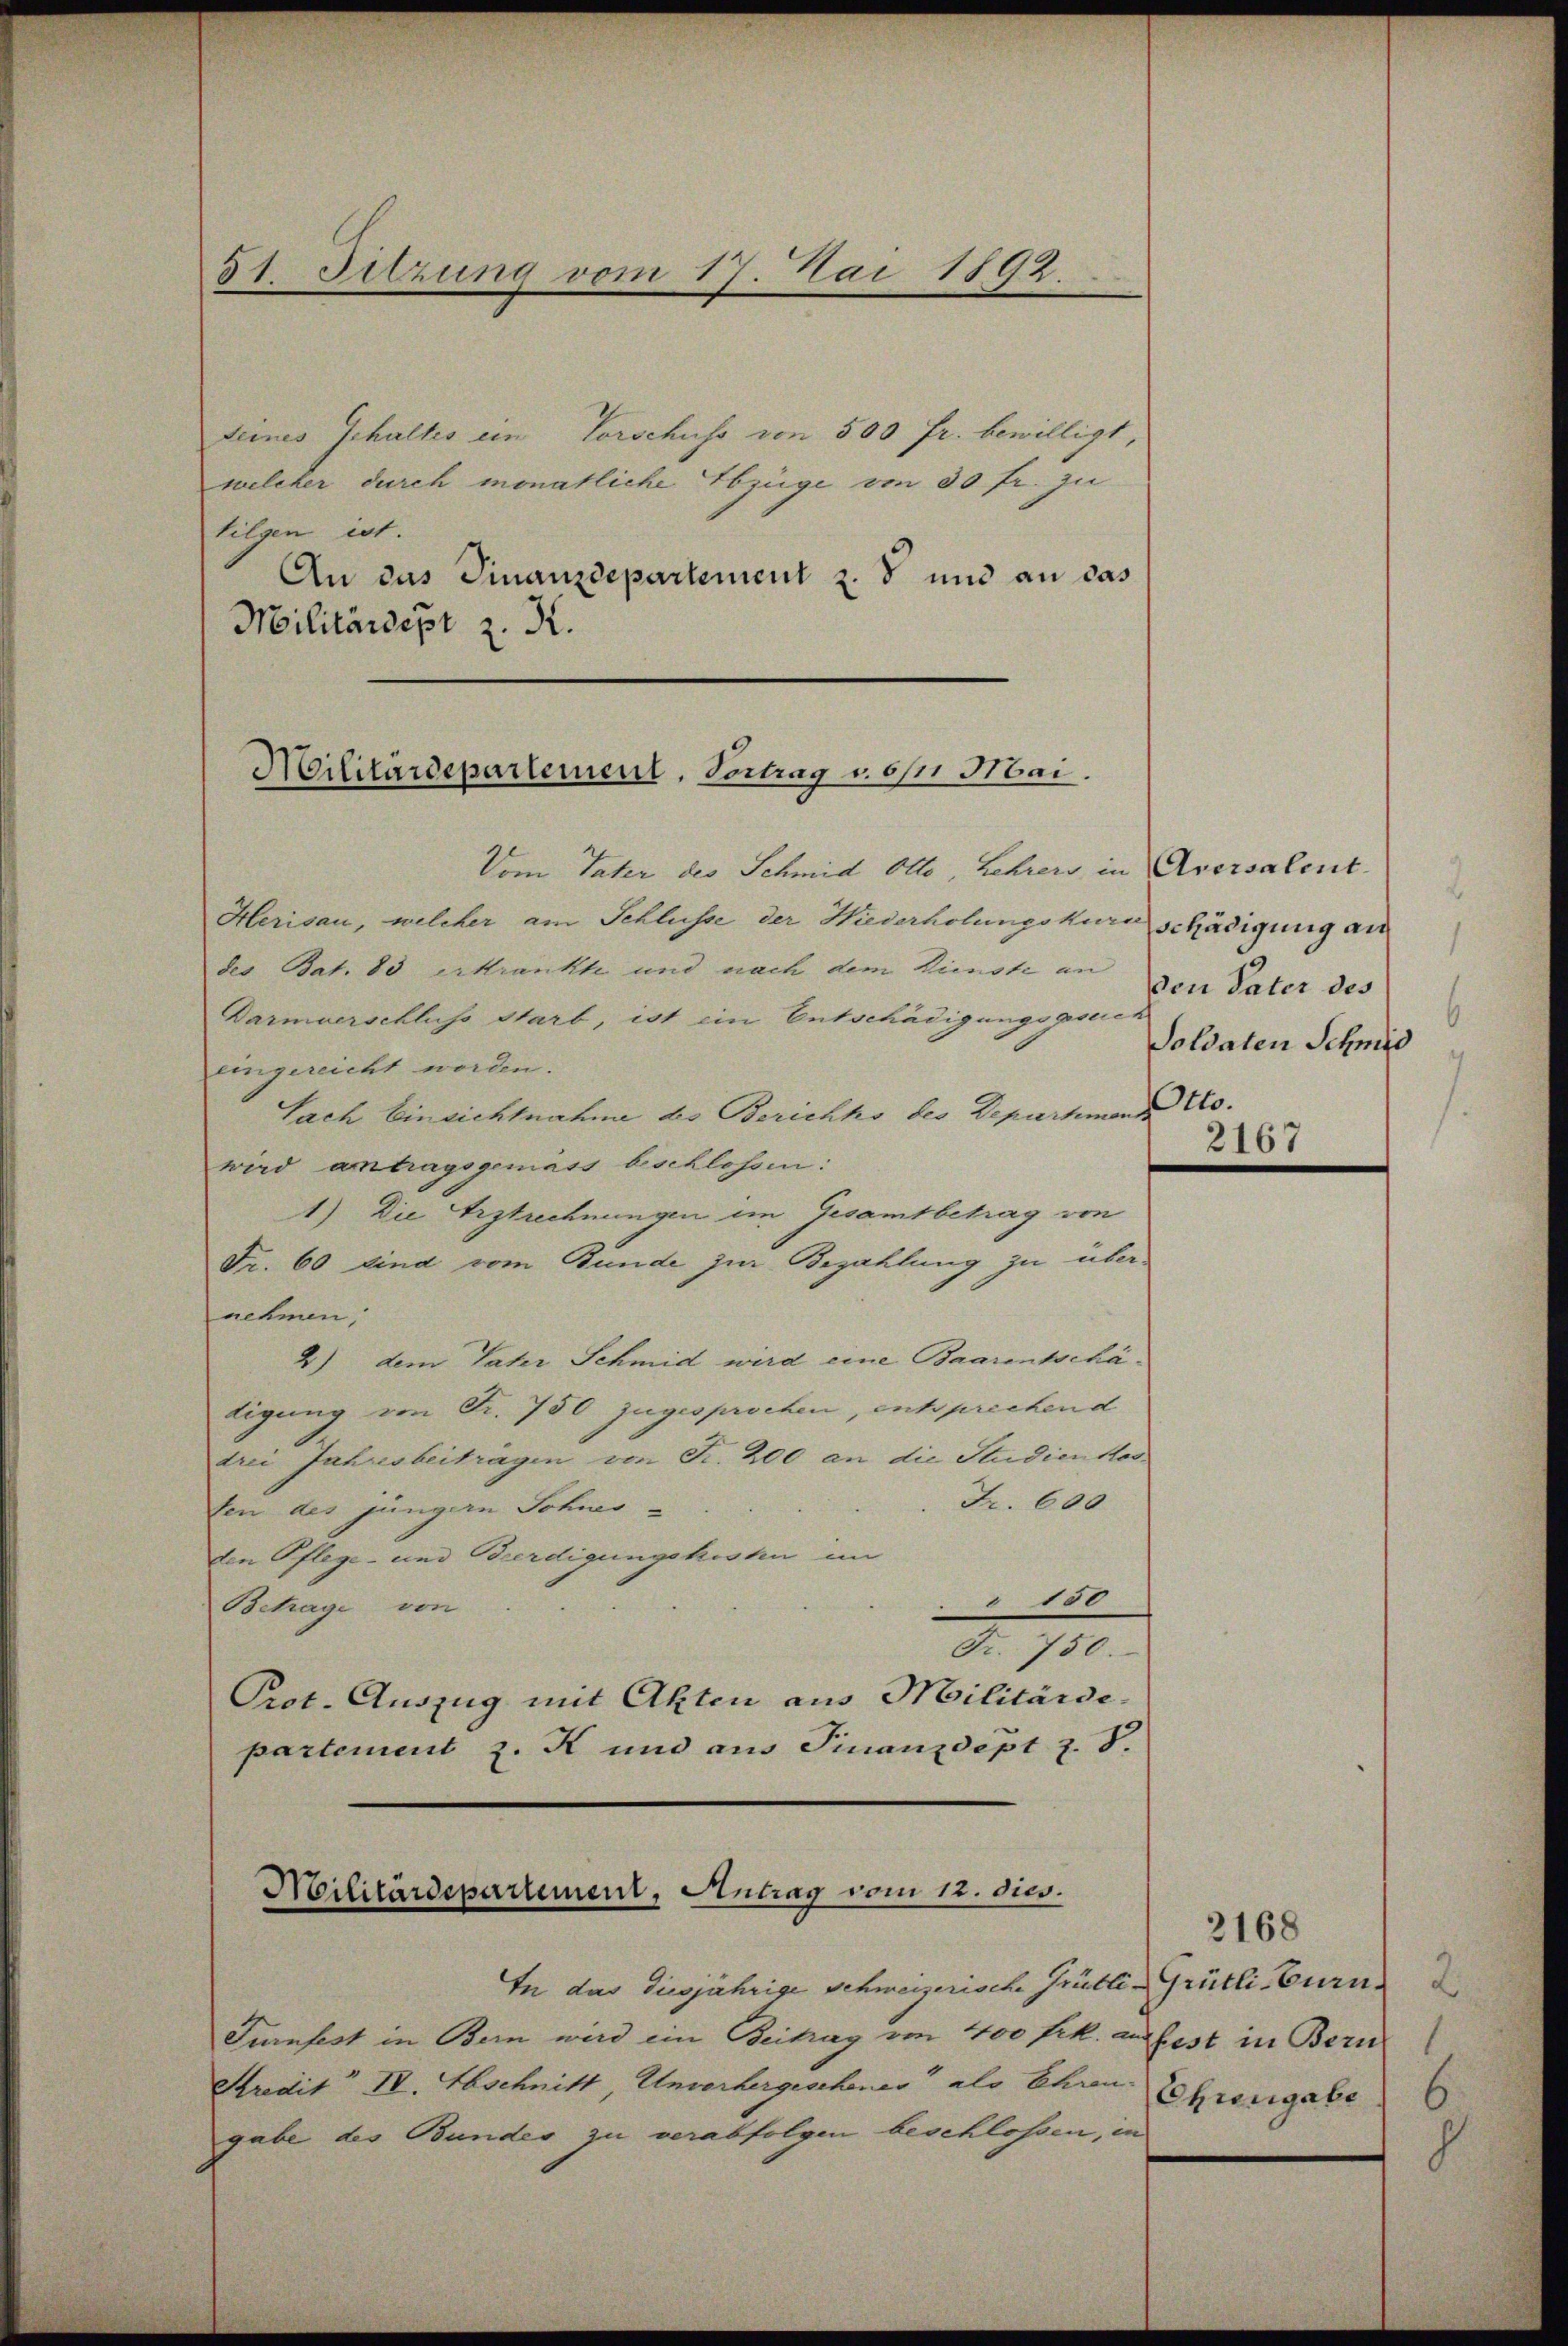
51. Sitzung vom 17. Mai 1892.

teines Schaltes ein Vorschuss von 500 fr. bewilligt,
welcher durch monatliche Abzüge von 50 fr. zu
tilgen ist.
An das Finanzdepartement z. d und an das
Militärdept z. K.

Militärdepartement, Vortrag von Hai.

Vom Vater des Schmid Otto, Lehrer in Aversalent
Herisau, welcher am Schlusse der Hiederholungskar schädigung an
des Bat. 83 erkrankte und nach dem Dienste an
Darmverschluss Starb, ist ein Entschädigungsgesen
eingereicht werden.
Sach Einsichtnahme des Berichho des Departmann Towird antragsgemäss beschlossen:
1) Die Erstrechnungen ein Gesamtbetrag von
Fr. 60 sind vom Bunde zur Bezahlung zu übernehmen,
2) dem Vater Schmid wird eine Baarentschätigung von Fr. 750 zugesprochen, entsprechen d
drei Jahresbeiträgen von Fr. 200 an die Studienkos
Fr. 600
ten des jüngern Sohnes
den Pflege- und Beerdigungskosten im
180
Betrage von
Fr. 750.
Prot. Auszug mit Akten aus Militärde.
partement z. K und aus Finanzdept z. B.

Militärdepartement, Antrag vom 12. dies.

In das diesjährige Schweizerische Grütli-Grütli-Burn
Turnfest in Bern wird ein Beitrag von 400 Frk. ausfest in Bern
Stredit IV. Abschnitt, Unvorhergeschener als Ehren Ehrengabe
gabe des Bundes zu verabfolgen beschlossen, in

Den Pater des
Soldaten Schmid

2167

2168